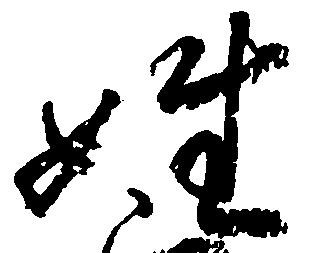
姓